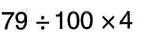
$$79\div100\times